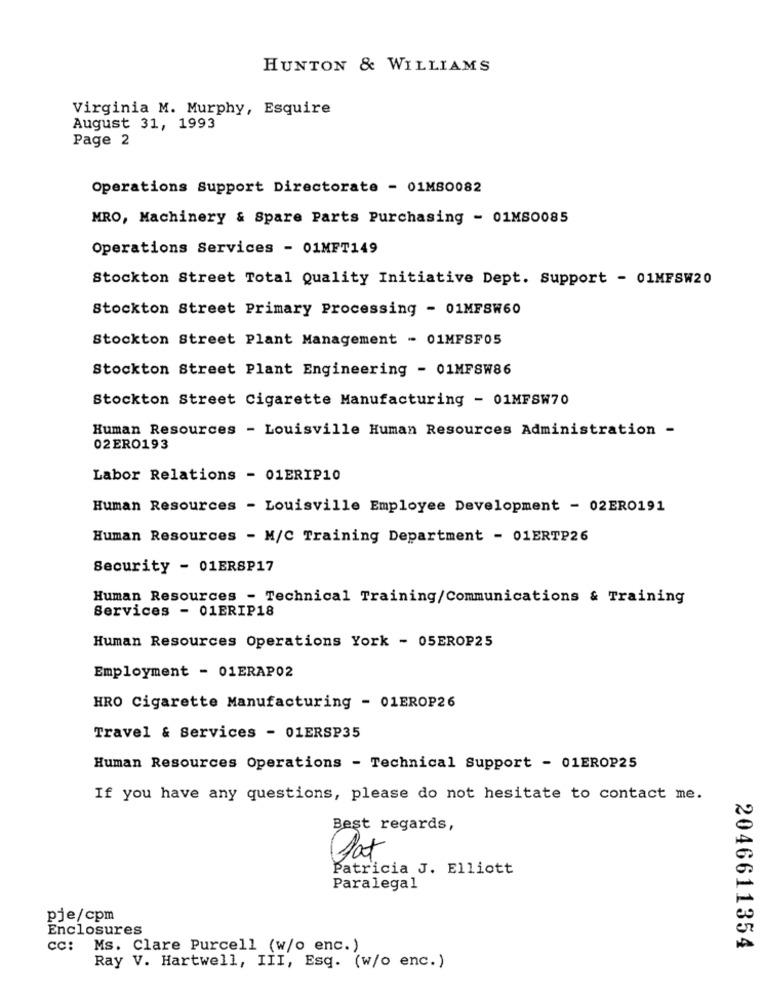
HUNTON & WILLIAMS
Virginia M. Murphy, Esquire
August 31, 1993
Page 2
Operations Support Directorate - 01M80082
MRO, Machinery & Spare Parts Purchasing - 01MS0085
Operations Services - 01MFT149
Stockton Street Total Quality Initiative Dept. Support - 01MFSW20
Stockton Street Primary Processing - 01MFSW60
Stockton Street Plant Management - 01MFSF05
Stockton Street Plant Engineering - 01MFSW86
Stockton Street Cigarette Manufacturing - 01MFSW70
Human Resources - Louisville Human Resources Administration -
02ERO193
Labor Relations - 01ERIP10
Human Resources - Louisville Employee Development - 02ERO191
Human Resources - M/C Training Department - 01ERTP26
Security - 01ERSP17
Human Resources - Technical Training/Communications & Training
Services - 01ERIP18
Human Resources Operations York - 05EROP25
Employment - 01ERAP02
HRO Cigarette Manufacturing - 01EROP26
Travel & Services - 01ERSP35
Human Resources Operations - Technical Support - 01EROP25
If you have any questions, please do not hesitate to contact me.
Best regards,
Dat
Patricia J. Elliott
Paralegal
pje/cpm
Enclosures
cc:
Ms. Clare Purcell (w/o enc.)
2046611354
Ray V. Hartwell, III, Esq. (w/o enc.)